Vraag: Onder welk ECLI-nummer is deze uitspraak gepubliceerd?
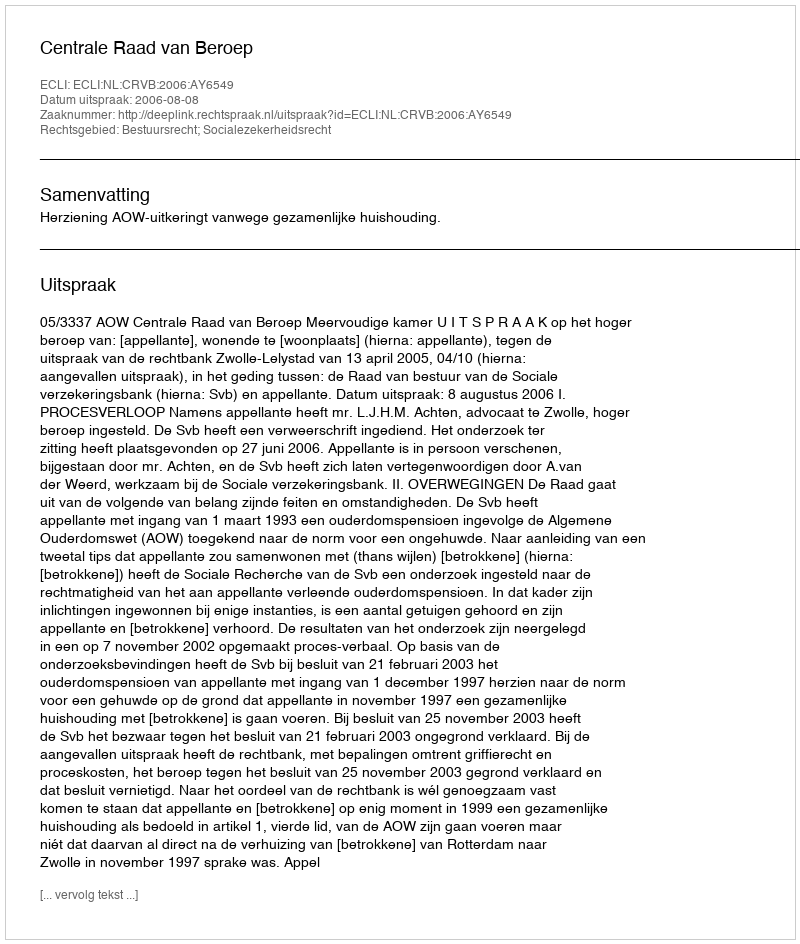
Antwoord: ECLI:NL:CRVB:2006:AY6549